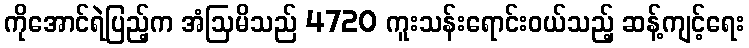
ကိုအောင်ရဲပြည့်က အံဩမိသည် 4720 ကူးသန်းရောင်းဝယ်သည့် ဆန့်ကျင့်ရေး